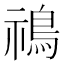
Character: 𩿷